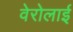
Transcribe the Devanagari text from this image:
वेरोलाई